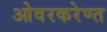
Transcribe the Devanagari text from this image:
ओवरकरेण्त